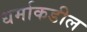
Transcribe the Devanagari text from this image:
धर्माकडील